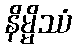
နိမ္မိဿံ